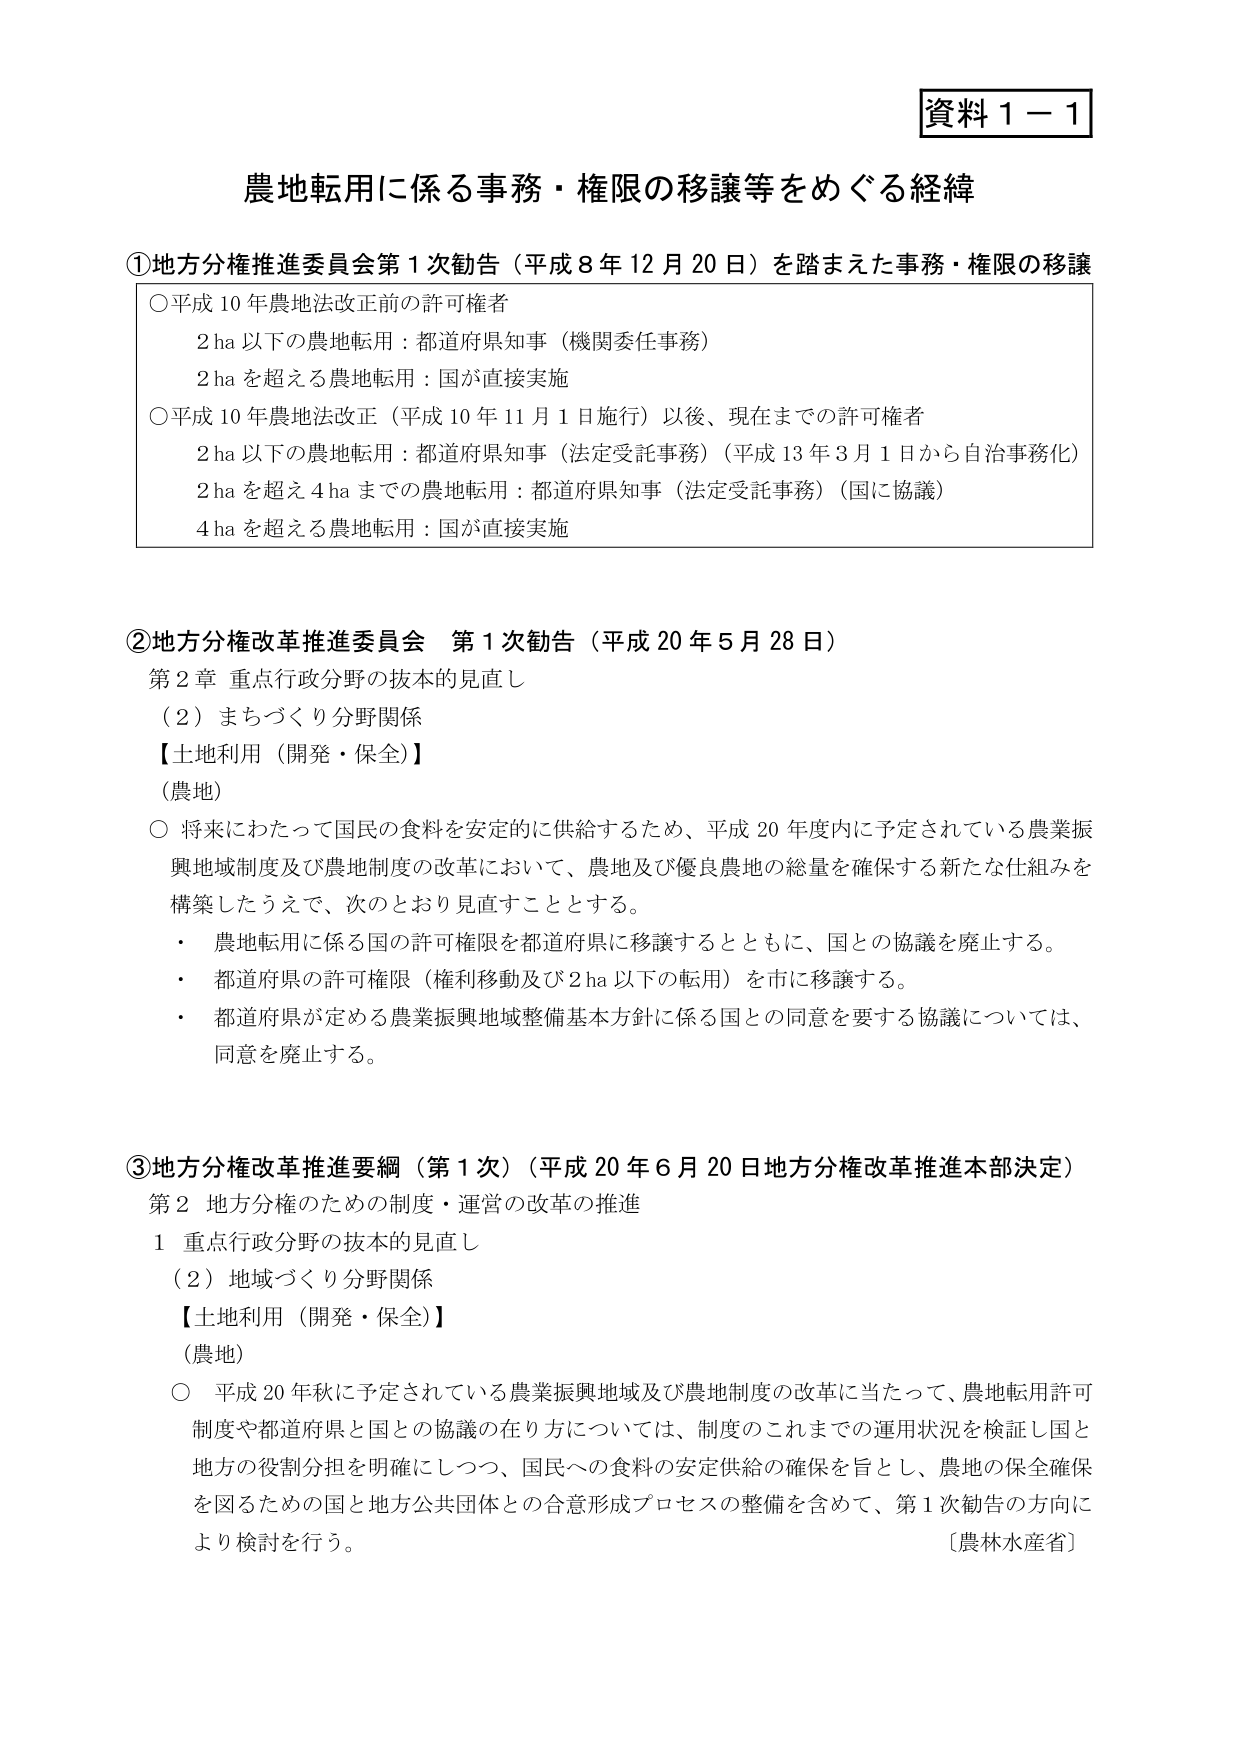
資料１－１

農地転用に係る事務・権限の移譲等をめぐる経緯

①地方分権推進委員会第１次勧告（平成８年１２月２０日）を踏まえた事務・権限の移譲
○平成１０年農地法改正前の許可権者
　　２ｈａ以下の農地転用：都道府県知事（機関委任事務）
　　２ｈａを超える農地転用：国が直接実施
○平成１０年農地法改正（平成１０年１１月１日施行）以後、現在までの許可権者
　　２ｈａ以下の農地転用：都道府県知事（法定受託事務）（平成１３年３月１日から自治事務化）
　　２ｈａを超え４ｈａまでの農地転用：都道府県知事（法定受託事務）（国に協議）
　　４ｈａを超える農地転用：国が直接実施

②地方分権改革推進委員会　第１次勧告（平成２０年５月２８日）
第２章　重点行政分野の抜本的見直し
（２）まちづくり分野関係
【土地利用（開発・保全）】
（農地）
○　将来にわたって国民の食料を安定的に供給するため、平成２０年度内に予定されている農業振興地域制度及び農地制度の改革において、農地及び優良農地の総量を確保する新たな仕組みを構築したうえで、次のとおり見直すこととする。
・　農地転用に係る国の許可権限を都道府県に移譲するとともに、国との協議を廃止する。
・　都道府県の許可権限（権利移動及び２ｈａ以下の転用）を市に移譲する。
・　都道府県が定める農業振興地域整備基本方針に係る国との同意を要する協議については、同意を廃止する。

③地方分権改革推進要綱（第１次）（平成２０年６月２０日地方分権改革推進本部決定）
第２　地方分権のための制度・運営の改革の推進
１　重点行政分野の抜本的見直し
（２）地域づくり分野関係
【土地利用（開発・保全）】
（農地）
○　平成２０年秋に予定されている農業振興地域及び農地制度の改革に当たって、農地転用許可制度や都道府県と国との協議の在り方については、制度のこれまでの運用状況を検証し国と地方の役割分担を明確にしつつ、国民への食料の安定供給の確保を旨とし、農地の保全確保を図るための国と地方公共団体との合意形成プロセスの整備を含めて、第１次勧告の方向により検討を行う。
〔農林水産省〕